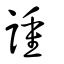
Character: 諥